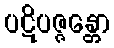
ပဋိပဇ္ဇန္တော